Vaccination in Bombay 1924-1928 - 1924-1928
Year: 1924
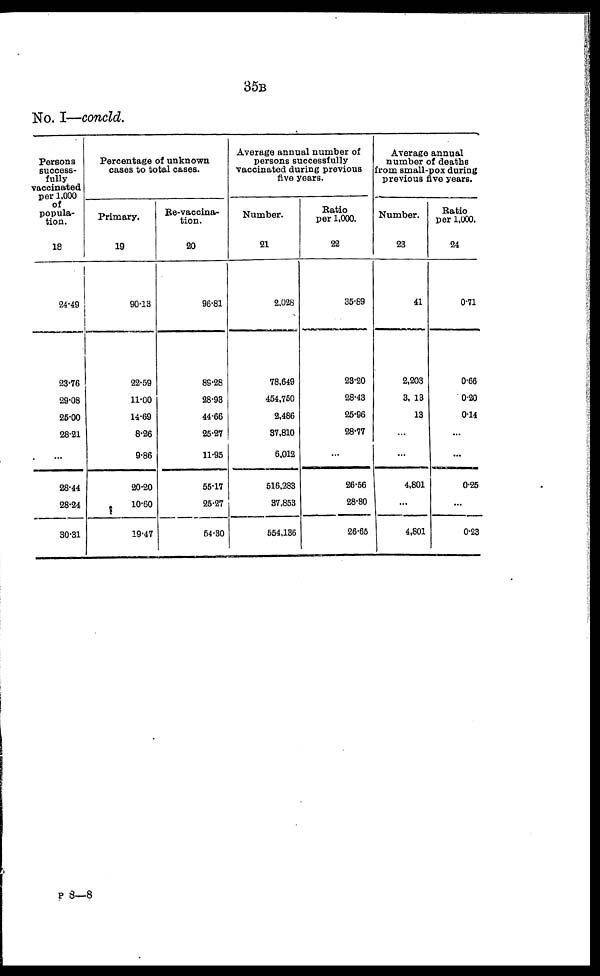
35B
No. I—concld.
Persons
success-
fully
vaccinated
per 1,000
of
popula-
tion.
18
24.49
23.76
29.08
25.00
28.21
...
28.44
28.24
30.31
Percentage of unknown
cases to total cases.
Primary.
19
90.13
22.59
11.00
14.69
8.26
9.86
20.20
10.60
19.47
Re-vaccina¬
tion.
20
96.81
89.28
28.93
44.66
25.27
11.95
55.17
25.27
54.30
Average annual number of
persons successfully
vaccinated during previous
five years.
Number.
21
2,028
78,649
454,750
2,486
37,810
6,012
516,283
37,853
554,136
Ratio
per 1,000.
22
35.89
23.20
28.43
25.96
28.77
...
26.56
28.80
26.65
Average annual
number of deaths
from small-pox during
previous five years.
Number.
23
41
2,203
3, 13
13
...
...
4,801
...
4,801
Ratio
per 1,000.
24
0.71
0.66
0.20
0.14
...
...
0.25
...
0.23
P8—8